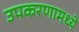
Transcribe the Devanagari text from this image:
उपकरणामध्ये